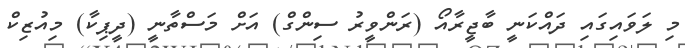
މި ލަވައިގައި ދައްކަނީ ބާޖީރާއޯ (ރަންވީރު ސިންގް) އަށް މަސްތާނީ (ދީޕިކާ) މިއުޒިކް